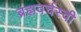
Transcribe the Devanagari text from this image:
ब्रह्मवर्चस्वी